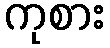
ကုစား